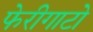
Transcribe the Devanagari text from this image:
फेरीगाटो